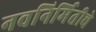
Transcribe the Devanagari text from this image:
नवनिर्मितीचे